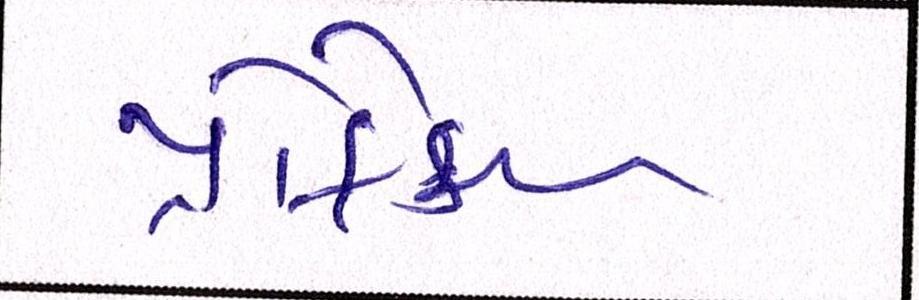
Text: પ્રોફેસર